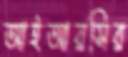
আইআরসির